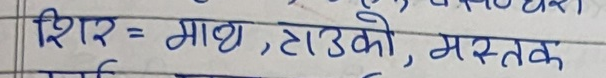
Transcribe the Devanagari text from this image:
शिर = माथ, टाउको, मस्तक